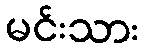
မင်းသား